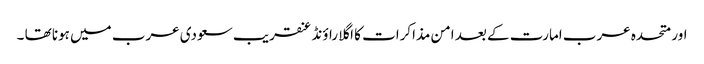
اور متحدہ عرب امارت کے بعد امن مذاکرات کا اگلا راؤنڈ عنقریب سعودی عرب میں ہونا تھا ۔